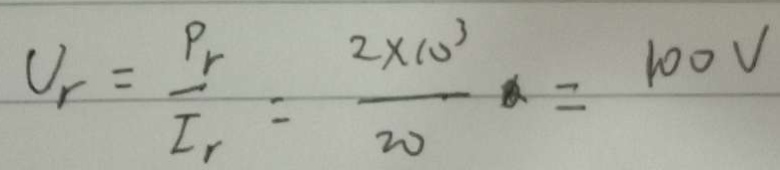
U _ { r } = \frac { P _ { r } } { I _ { 1 } } = \frac { 2 \times 1 0 ^ { 3 } } { 2 0 } = 1 0 0 V